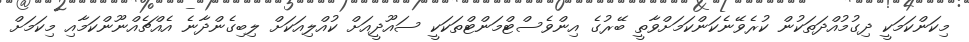
މިކަންކަމަކީ ދިގުމުއްދަތަކުން ކުރެވޭނެކަންކަމަށްވާތީ ބޭރުގެ އިންވެސްޓްމަންޓްތަކަކީ ސައޫދީއަށް ކުއްލިއަކަށް ލިބިގެންދާނެ އެއްޗެއްނޫންކަމާއި މިކަމަށް